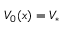
V _ { 0 } ( x ) = V _ { * }